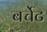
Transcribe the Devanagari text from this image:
बर्चेट